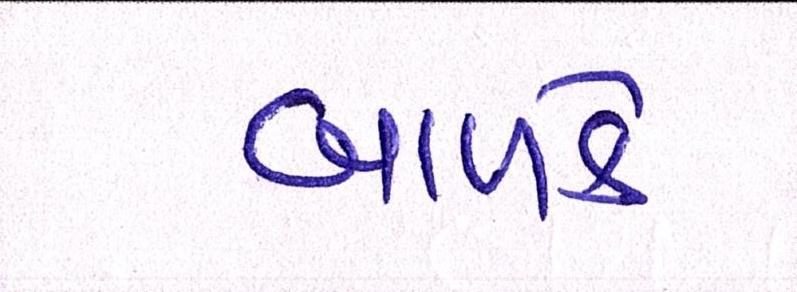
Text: બાળકે